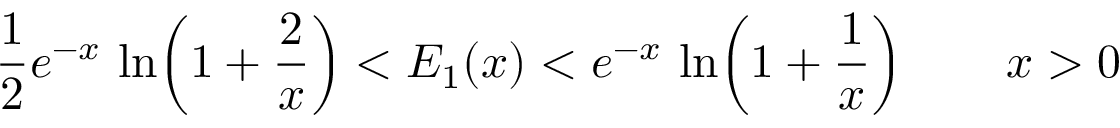
{ \frac { 1 } { 2 } } e ^ { - x } \, \ln \! \left( 1 + { \frac { 2 } { x } } \right) < E _ { 1 } ( x ) < e ^ { - x } \, \ln \! \left( 1 + { \frac { 1 } { x } } \right) \qquad x > 0